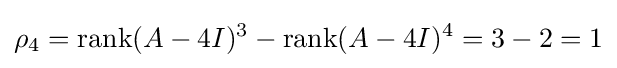
\rho _{4}=\operatorname {rank} (A-4I)^{3}-\operatorname {rank} (A-4I)^{4}=3-2=1